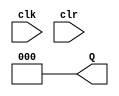
module COUNTER_3BIT(clk,clr,Q);
input clk,clr;
output reg [2:0] Q;
initial Q=3'b000;
always @(posedge clk) begin
    // if(clr) Q=3'b000;
    Q<=Q+1;
end
always @(clr) 
    if(clr)Q<=3'b000;
endmodule